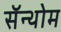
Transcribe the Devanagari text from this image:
सॅन्थोम